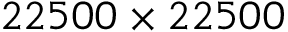
2 2 5 0 0 \times 2 2 5 0 0